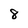
Character: 8